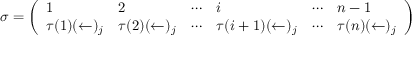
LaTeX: \sigma = { \left( \begin{array} { l l l l l l } { 1 } & { 2 } & { \cdots } & { i } & { \cdots } & { n - 1 } \\ { \tau ( 1 ) ( \leftarrow ) _ { j } } & { \tau ( 2 ) ( \leftarrow ) _ { j } } & { \cdots } & { \tau ( i + 1 ) ( \leftarrow ) _ { j } } & { \cdots } & { \tau ( n ) ( \leftarrow ) _ { j } } \end{array} \right) }